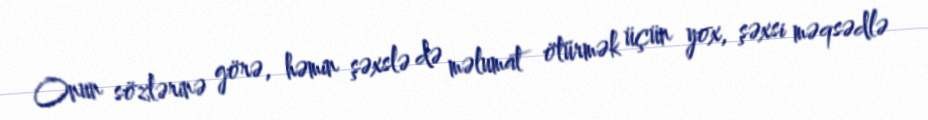
Onun sözlərinə görə, həmin şəxslə də məlumat ötürmək üçün yox, şəxsi məqsədlə